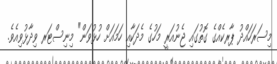
މިސަރަހައްދު ޕާރކެއްގެ ގޮތުގައި ޖެނުއަރީ މަހުގެ މެދަކާއި ހަމައަށް ހުޅުވަން" މިނިސްޓަރ ވިދާޅުވިއެވެ.